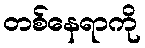
တစ်နေရာကို